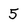
Character: 5